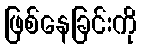
ဖြစ်နေခြင်းကို